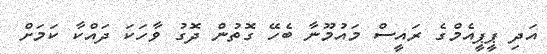
އަދި ޕީޕީއެމްގެ ރައީސް މައުމޫނާ ބެހޭ ގޮތުން ދޮގު ވާހަކަ ދައްކާ ކަމަށް